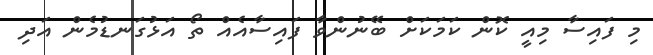
މި ފައިސާ މިއީ ކޮން ކަމަކަށް ބޭނުންވާ ފައިސާއެއް ތޯ އަޅުގަނޑުމެން އަދި